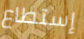
إستطاع